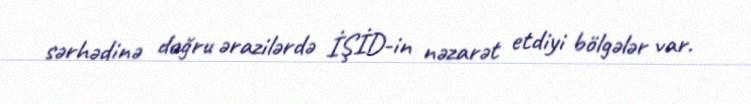
sərhədinə doğru ərazilərdə İŞİD-in nəzarət etdiyi bölgələr var.